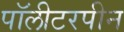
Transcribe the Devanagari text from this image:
पॉलीटरपीन